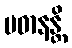
ပဓာနန္တိ